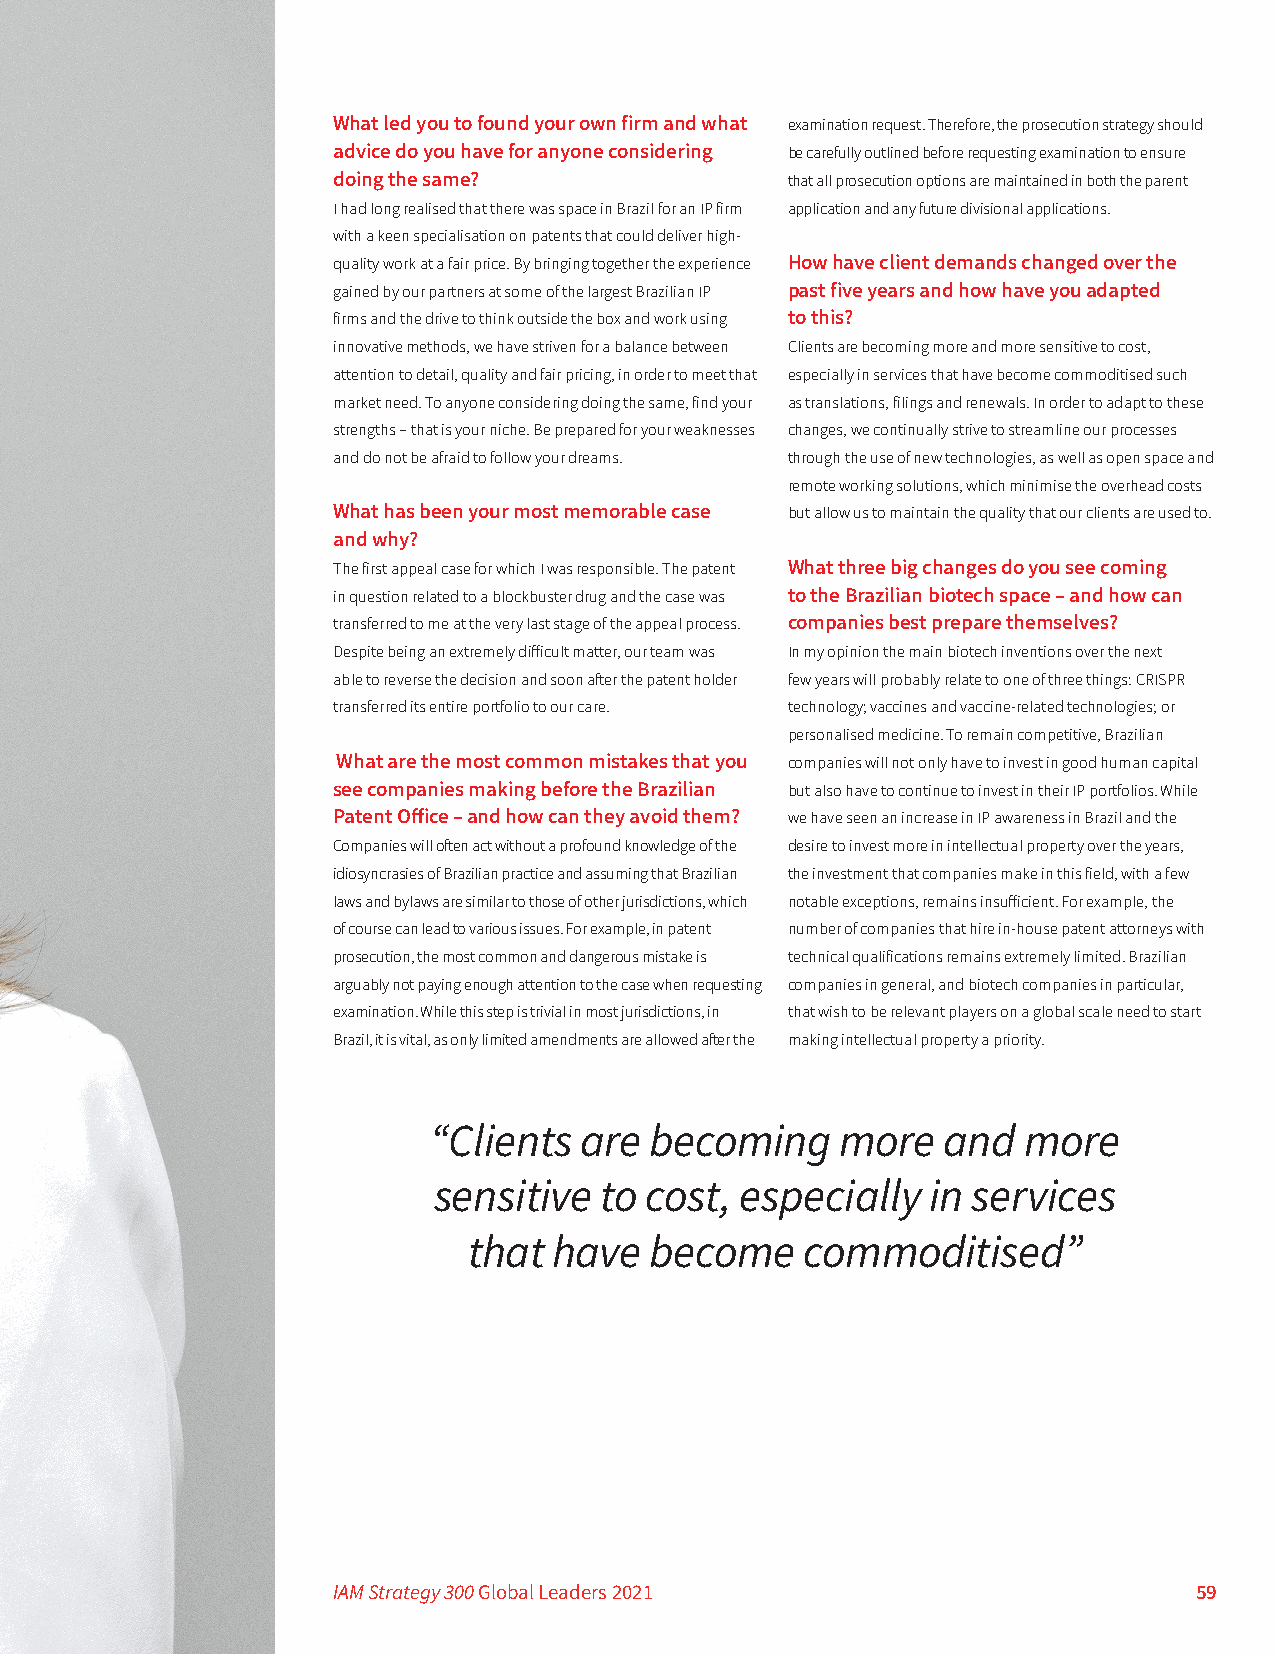
What led you to found your own firm and what examination request. Therefore, the prosecution strategy should
 advice do you have for anyone considering be carefully outlined before requesting examination to ensure
 doing the same?               that all prosecution options are maintained in both the parent
 I had long realised that there was space in Brazil for an IP firm application and any future divisional applications.
 with a keen specialisation on patents that could deliver high-
 quality work at a fair price. By bringing together the experience How have client demands changed over the
 gained by our partners at some of the largest Brazilian IP past five years and how have you adapted
 firms and the drive to think outside the box and work using to this?
 innovative methods, we have striven for a balance between Clients are becoming more and more sensitive to cost,
 attention to detail, quality and fair pricing, in order to meet that especially in services that have become commoditised such
 market need. To anyone considering doing the same, find your as translations, filings and renewals. In order to adapt to these
 strengths – that is your niche. Be prepared for your weaknesses changes, we continually strive to streamline our processes
 and do not be afraid to follow your dreams. through the use of new technologies, as well as open space and
 remote working solutions, which minimise the overhead costs
 What has been your most memorable case but allow us to maintain the quality that our clients are used to.
 and why?
 The first appeal case for which I was responsible. The patent What three big changes do you see coming
 in question related to a blockbuster drug and the case was to the Brazilian biotech space – and how can
 transferred to me at the very last stage of the appeal process. companies best prepare themselves?
 Despite being an extremely difficult matter, our team was In my opinion the main biotech inventions over the next
 able to reverse the decision and soon after the patent holder few years will probably relate to one of three things: CRISPR
 transferred its entire portfolio to our care. technology; vaccines and vaccine-related technologies; or
 personalised medicine. To remain competitive, Brazilian
 What are the most common mistakes that you companies will not only have to invest in good human capital
 see companies making before the Brazilian but also have to continue to invest in their IP portfolios. While
 Patent Office – and how can they avoid them? we have seen an increase in IP awareness in Brazil and the
 Companies will often act without a profound knowledge of the desire to invest more in intellectual property over the years,
 idiosyncrasies of Brazilian practice and assuming that Brazilian the investment that companies make in this field, with a few
 laws and bylaws are similar to those of other jurisdictions, which notable exceptions, remains insufficient. For example, the
 of course can lead to various issues. For example, in patent number of companies that hire in-house patent attorneys with
 prosecution, the most common and dangerous mistake is technical qualifications remains extremely limited. Brazilian
 arguably not paying enough attention to the case when requesting companies in general, and biotech companies in particular,
 examination. While this step is trivial in most jurisdictions, in that wish to be relevant players on a global scale need to start
 Brazil, it is vital, as only limited amendments are allowed after the making intellectual property a priority.
 “Clients  are  becoming     more  and   more
 sensitive  to cost, especially   in services
 that  have  become    commoditised”
 IAM Strategy 300 Global Leaders 2021                     59